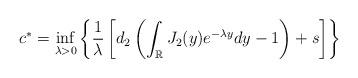
LaTeX: \begin{align*} c^*=\inf\limits_{\lambda>0}\left\{\frac{1}{\lambda}\left[d_2\left(\int_{\mathbb R} J_2(y) e^{-\lambda y}dy-1\right)+s\right]\right\}\end{align*}